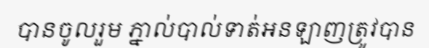
បានចូលរួម ភ្នាល់បាល់ទាត់អនឡាញត្រូវបាន